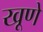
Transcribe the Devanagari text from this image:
खूणे